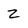
Character: Z